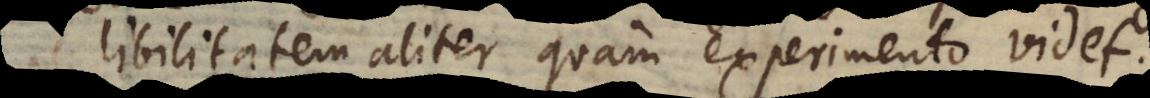
libilitatem aliter quam experimento videt.